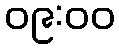
၀၉:၀၀